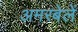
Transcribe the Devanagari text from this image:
अमरबेलें